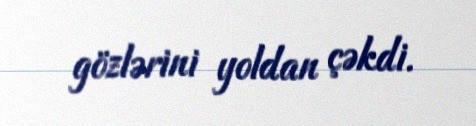
gözlərini yoldan çəkdi.